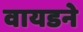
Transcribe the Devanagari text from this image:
वायडने